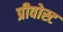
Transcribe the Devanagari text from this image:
प्रीवोस्ट